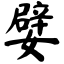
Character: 嬖